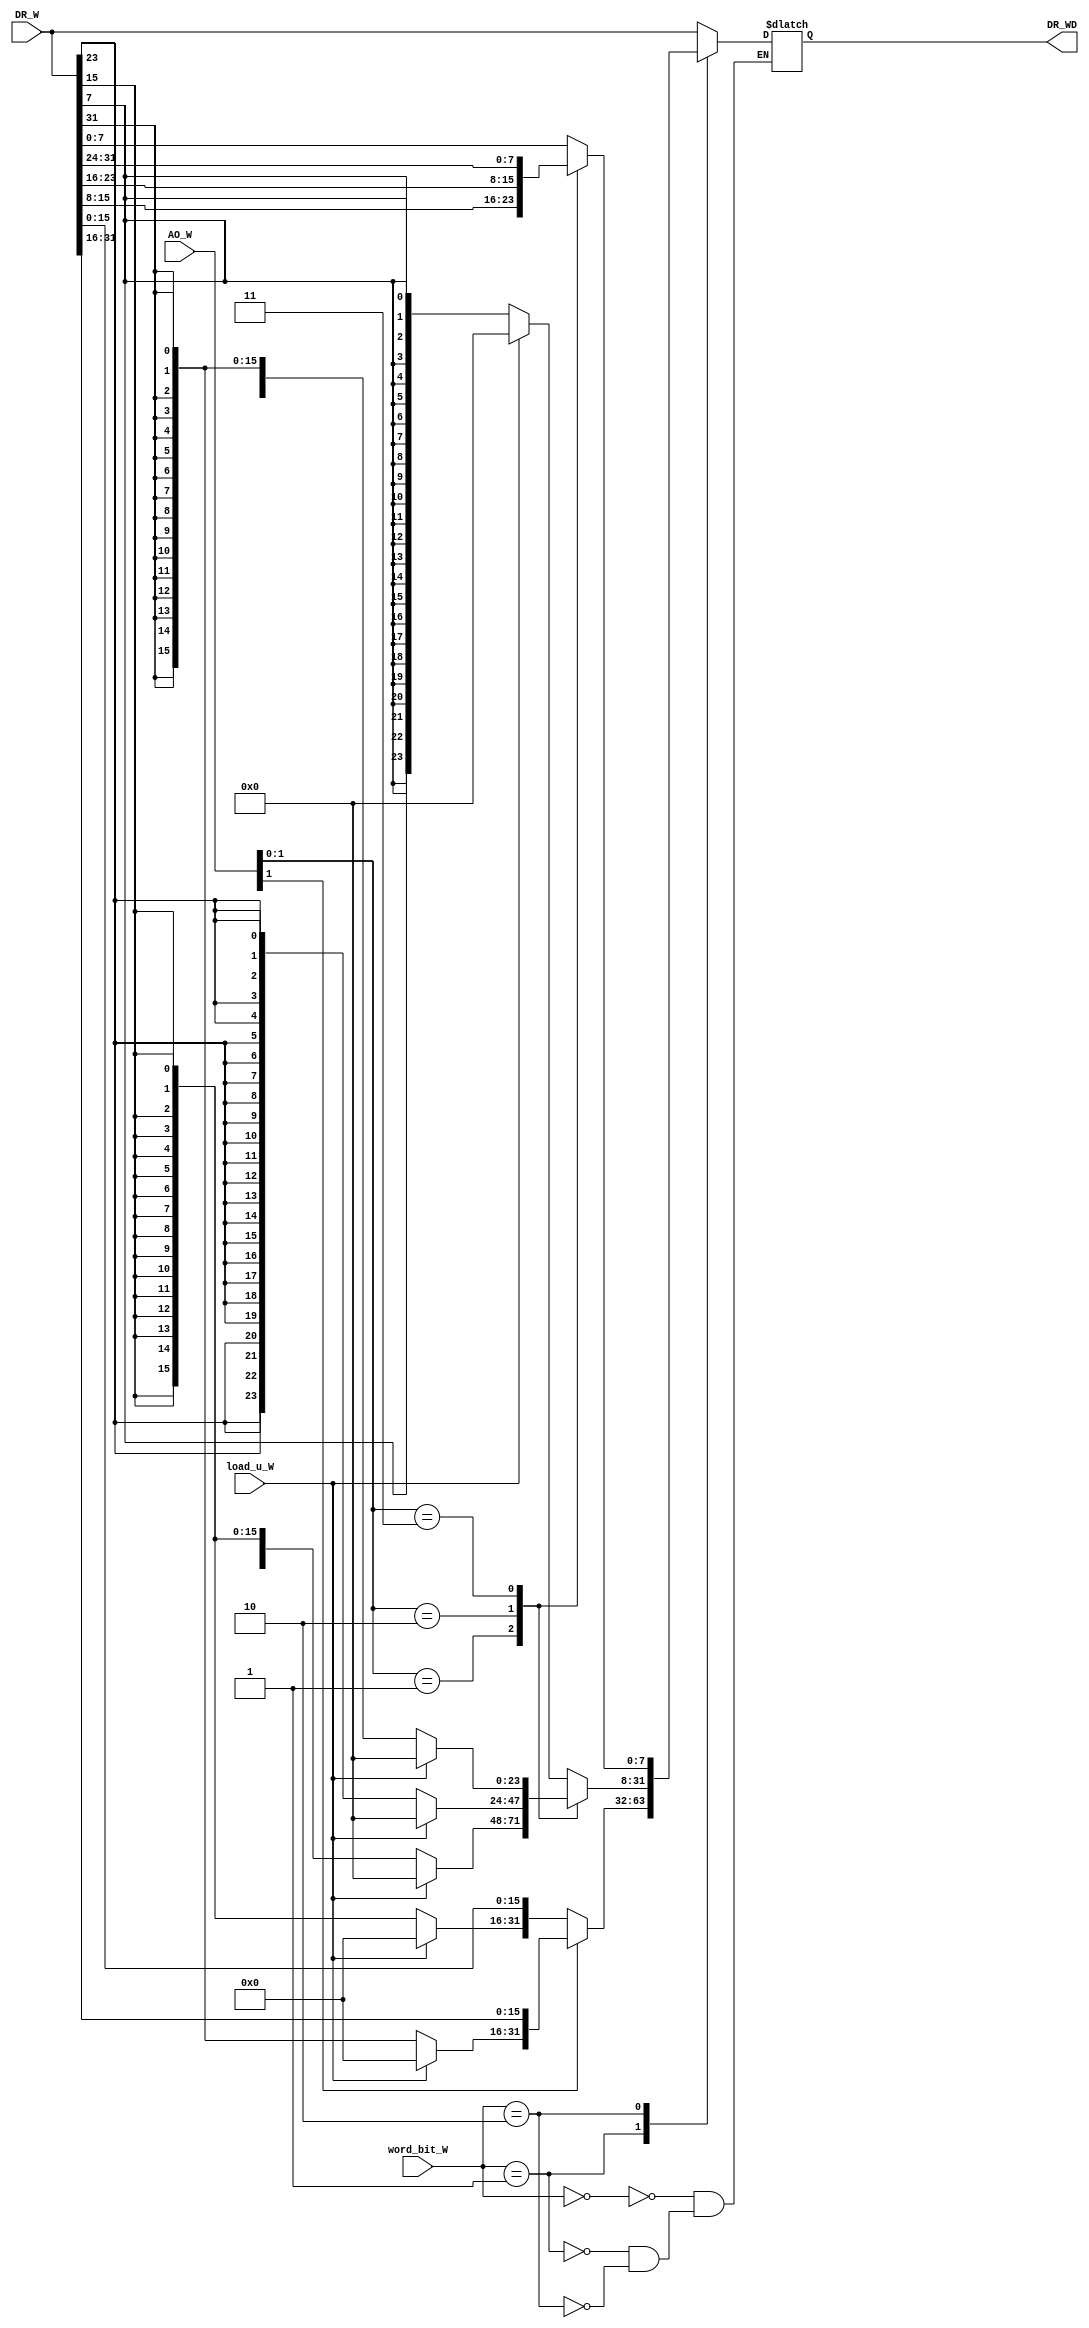
`timescale 1ns / 1ps
//////////////////////////////////////////////////////////////////////////////////
// Company: 
// Engineer: 
// 
// Design Name: 
// Module Name:    DM_ext 
// Project Name: 
// Target Devices: 
// Tool versions: 
// Description: 
//
// Dependencies: 
//
// Revision: 
// Revision 0.01 - File Created
// Additional Comments: 
//
//////////////////////////////////////////////////////////////////////////////////
module DM_ext(
    input load_u_W,
	 input [1:0] word_bit_W,
	 input [31:0] AO_W,
	 input [31:0] DR_W,
	 output reg [31:0] DR_WD
    );
	 
	 always @(*) begin
	   // load
			 case(word_bit_W)
			 0: begin
			 DR_WD = DR_W;
			 end//lw
			 1: begin
			  case(AO_W[1]) 
			  0: begin
			   if(load_u_W) begin
				  DR_WD[15:0] = DR_W[15:0];
				  DR_WD[31:16] = 0;
				end
				else begin
				  DR_WD[15:0] = DR_W[15:0];
				  DR_WD[31:16] = {16{DR_WD[15]}};
				end
			  end
			  1: begin
			   if(load_u_W) begin
				  DR_WD[15:0] = DR_W[31:16];
				  DR_WD[31:16] = 0;
				end
				else begin
				  DR_WD[15:0] = DR_W[31:16];
				  DR_WD[31:16] = {16{DR_WD[15]}};
				end
			  end
			  endcase
			  end
			 2: begin
			    case(AO_W[1:0]) 
				  0: begin
				   DR_WD[7:0] = DR_W[7:0];
					if(load_u_W)  DR_WD[31:8] = 0;//
					else DR_WD[31:8] = {24{DR_WD[7]}};
			     end
				  1: begin
				   DR_WD[7:0] = DR_W[15:8];
					if(load_u_W)  DR_WD[31:8] = 0;//
					else DR_WD[31:8] = {24{DR_WD[7]}};
				  end
				  2: begin
				   DR_WD[7:0] = DR_W[23:16];
					if(load_u_W)  DR_WD[31:8] = 0;//
					else DR_WD[31:8] ={24{DR_WD[7]}};
				  end
				  3: begin
				   DR_WD[7:0] = DR_W[31:24];
					if(load_u_W)  DR_WD[31:8] = 0;//
					else DR_WD[31:8] = {24{DR_WD[7]}};
				  end
				 endcase
			  end
			 //end//lb(u)
			 endcase
	 end//end always


endmodule